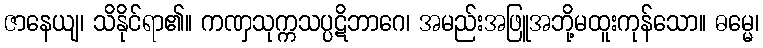
ဇာနေယျ၊ သိနိုင်ရာ၏။ ကဏှသုက္ကသပ္ပဋိဘာဂေ၊ အမည်းအဖြူအဘို့မထူးကုန်သော။ ဓမ္မေ၊